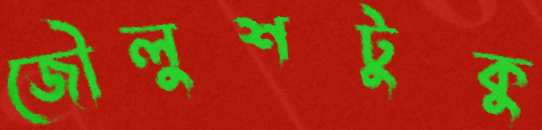
জৌলুশটুকু